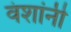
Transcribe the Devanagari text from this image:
वंशांनी